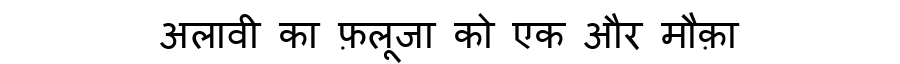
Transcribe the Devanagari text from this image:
अलावी का फ़लूजा को एक और मौक़ा